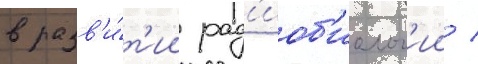
в разв'и́т'ии рад'иоб'иолог'ии /